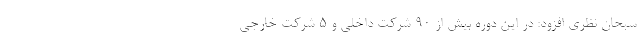
سبحان نظری افزود: در این دوره بیش از ۹۰ شرکت داخلی و ۵ شرکت خارجی